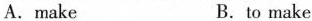
A.make B.to make